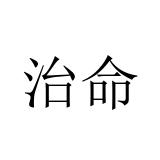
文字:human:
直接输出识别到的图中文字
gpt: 治命